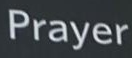
Prayer